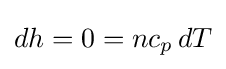
dh=0=nc_{p}\,dT